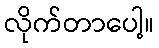
လိုက်တာပေါ့။